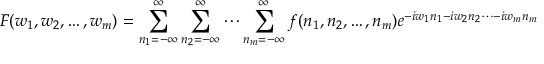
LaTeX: F ( w _ { 1 } , w _ { 2 } , \dots , w _ { m } ) = \sum _ { n _ { 1 } = - \infty } ^ { \infty } \sum _ { n _ { 2 } = - \infty } ^ { \infty } \cdots \sum _ { n _ { m } = - \infty } ^ { \infty } f ( n _ { 1 } , n _ { 2 } , \dots , n _ { m } ) e ^ { - i w _ { 1 } n _ { 1 } - i w _ { 2 } n _ { 2 } \cdots - i w _ { m } n _ { m } }